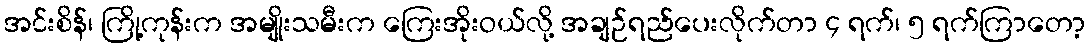
အင်းစိန်၊ ကြို့ကုန်းက အမျိုးသမီးက ကြေးအိုးဝယ်လို့ အချဉ်ရည်ပေးလိုက်တာ ၄ ရက်၊ ၅ ရက်ကြာတော့